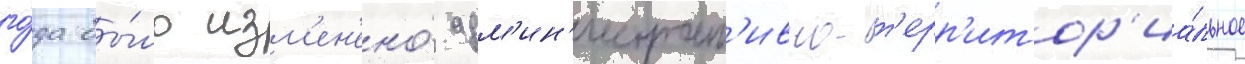
го́да бы́ло изм'ен'ено́ адм'ин'истрат'ивно-т'ерр'итор'иа́льное